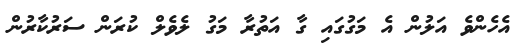
އެހެންވެ އަލުން އެ މަގުގައި ގާ އަތުރާ މަގު ލެވެލް ކުރަން ސަރުކާރުން